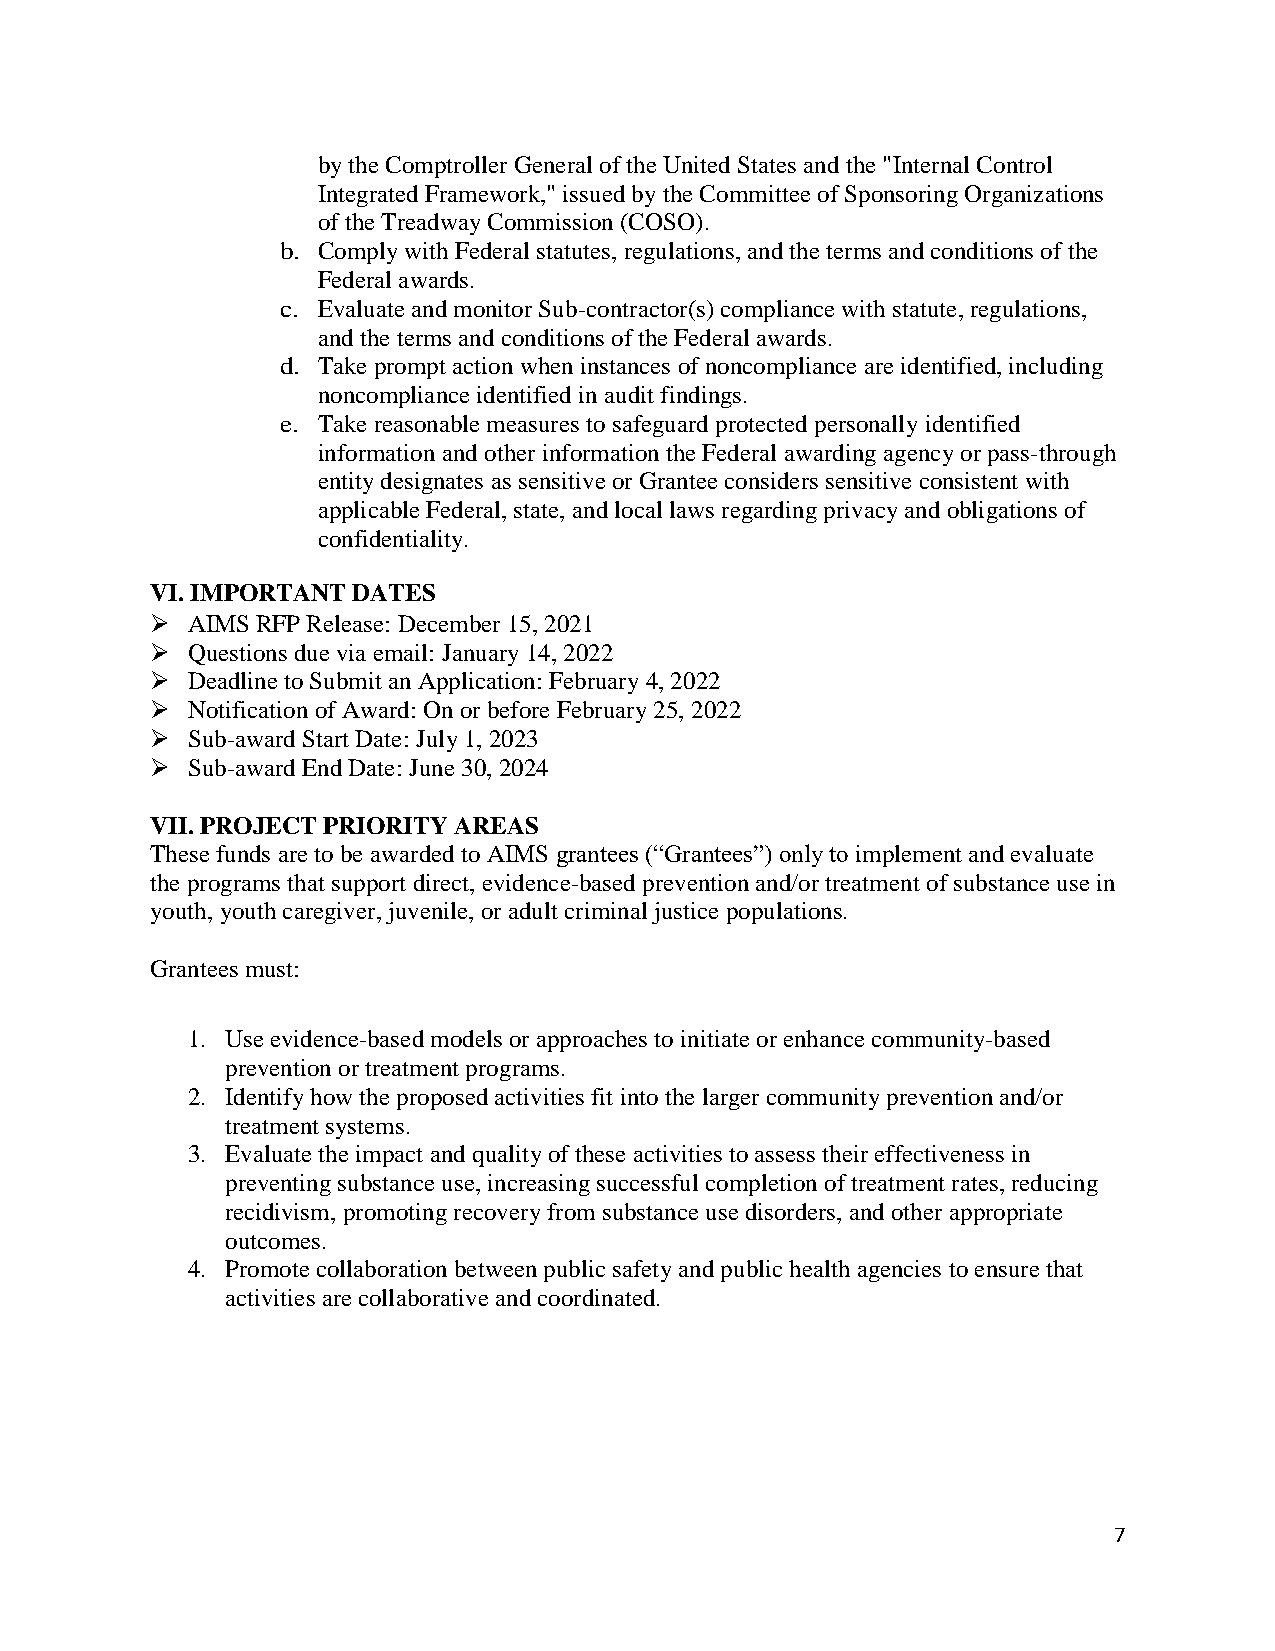
by the Comptroller General of the United States and the "Internal Control
 Integrated Framework," issued by the Committee of Sponsoring Organizations
 of the Treadway Commission (COSO).
 b. Comply with Federal statutes, regulations, and the terms and conditions of the
 Federal awards.
 c. Evaluate and monitor Sub-contractor(s) compliance with statute, regulations,
 and the terms and conditions of the Federal awards.
 d. Take prompt action when instances of noncompliance are identified, including
 noncompliance identified in audit findings.
 e. Take reasonable measures to safeguard protected personally identified
 information and other information the Federal awarding agency or pass-through
 entity designates as sensitive or Grantee considers sensitive consistent with
 applicable Federal, state, and local laws regarding privacy and obligations of
 confidentiality.
 VI. IMPORTANT DATES
  AIMS RFP Release: December 15, 2021
  Questions due via email: January 14, 2022
  Deadline to Submit an Application: February 4, 2022
  Notification of Award: On or before February 25, 2022
  Sub-award Start Date: July 1, 2023
  Sub-award End Date: June 30, 2024
 VII. PROJECT PRIORITY AREAS
 These funds are to be awarded to AIMS grantees (“Grantees”) only to implement and evaluate
 the programs that support direct, evidence-based prevention and/or treatment of substance use in
 youth, youth caregiver, juvenile, or adult criminal justice populations.
 Grantees must:
 1. Use evidence-based models or approaches to initiate or enhance community-based
 prevention or treatment programs.
 2. Identify how the proposed activities fit into the larger community prevention and/or
 treatment systems.
 3. Evaluate the impact and quality of these activities to assess their effectiveness in
 preventing substance use, increasing successful completion of treatment rates, reducing
 recidivism, promoting recovery from substance use disorders, and other appropriate
 outcomes.
 4. Promote collaboration between public safety and public health agencies to ensure that
 activities are collaborative and coordinated.
 7